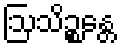
ဩသိဉ္စန္တေ